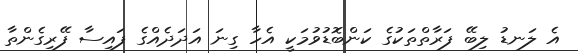
އެ ލަނޑު ލިބޭ ފަރާތްތަކުގެ ކަންބޮޑުވުމަކީ އެހާ ގިނަ އަދަދެއްގެ ފައިސާ ފޭރިގެންތާ